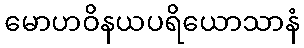
မောဟဝိနယပရိယောသာနံ